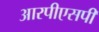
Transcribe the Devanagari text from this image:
आरपीएसपी